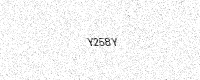
Text: Y258Y